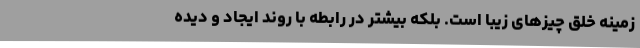
زمینه خلق چیزهای زیبا است. بلکه بیشتر در رابطه با روند ایجاد و دیده